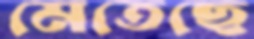
মেতেছে